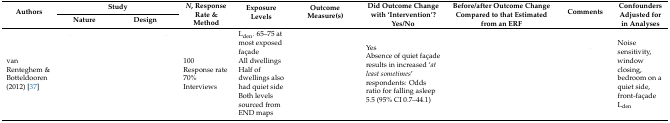
<table><thead><tr><td rowspan="2"><b>Authors</b></td><td colspan="2"><b>Study</b></td><td rowspan="2"><b><i>N</i>, Response Rate &amp; Method</b></td><td rowspan="2"><b>Exposure Levels</b></td><td rowspan="2"><b>Outcome Measure(s)</b></td><td rowspan="2"><b>Did Outcome Change with ‘Intervention’?Yes/No</b></td><td rowspan="2"><b>Before/after Outcome Change Compared to that Estimated from an ERF</b></td><td rowspan="2"><b>Comments</b></td><td rowspan="2"><b>Confounders Adjusted for in Analyses</b></td></tr><tr><td><b>Nature</b></td><td><b>Design</b></td></tr></thead><tbody><tr><td>van Renteghem &amp; Botteldooren (2012) [37]</td><td>[EMPTY_CELL]</td><td>[EMPTY_CELL]</td><td>100Response rate 70%Interviews</td><td>L<sub>den</sub>. 65–75 at most exposed façadeAll dwellingsHalf of dwellings also had quiet sideBoth levels sourced from END maps</td><td>[EMPTY_CELL]</td><td>YesAbsence of quiet façade results in increased ‘<i>at least sometimes</i>’ respondents: Odds ratio for falling asleep 5.5 (95% CI 0.7–44.1)</td><td>[EMPTY_CELL]</td><td>[EMPTY_CELL]</td><td>Noise sensitivity, window closing, bedroom on a quiet side, front-façade L<sub>den</sub></td></tr></tbody></table>